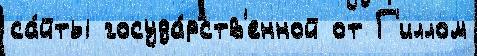
са́йты госуда́рств'енной от Г'иллом